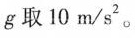
g取10m/s^{2}。